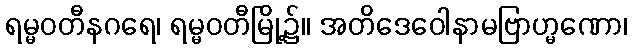
ရမ္မဝတီနဂရေ၊ ရမ္မဝတီမြို့၌။ အတိဒေဝေါနာမဗြာဟ္မဏော၊